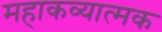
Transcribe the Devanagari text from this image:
महाकव्यात्मक